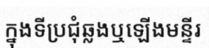
ក្នុងទីប្រជុំឆ្លងឬឡើងមន្ទីរ